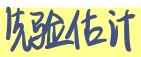
实验估计